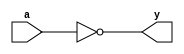
module _inv(a,y);			//INVERTER gate
input a;
output y;
assign y=~a;
endmodule

module _nand2(a,b,y);			//NAND gate
input a,b;
output y;
assign y=~(a&b);
endmodule

module _and2(a,b,y);			//AND gate
input a,b;
output y;
assign y=a&b;
endmodule

module _or2(a,b,y);			//OR gate
input a,b;
output y;
assign y=a|b;
endmodule

module _xor2(a,b,y);			//XOR gate
input a, b;
output y;
wire inv_a, inv_b;
wire w0, w1;
_inv U0_inv(.a(a), .y(inv_a));
_inv U1_inv(.a(b), .y(inv_b));
_and2 U2_and2(.a(inv_a), .b(b), .y(w0));
_and2 U3_and2(.a(a),.b(inv_b), .y(w1));
_or2 U4_or2(.a(w0), .b(w1),.y(y));
endmodule

module _and3(a,b,c,y);		//AND gate
input a,b,c;					//3 Input
output y;
assign y=a&b&c;
endmodule

module _and4(a,b,c,d,y);		//AND gate
input a,b,c,d;						//4 Input
output y;
assign y=a&b&c&d;
endmodule

module _and5(a,b,c,d,e,y);		//AND gate
input a,b,c,d,e;					//5 Input
output y;
assign y=a&b&c&d&e;
endmodule

module _or3(a,b,c,y);			//OR gate
input a,b,c;						//3 Input
output y;
assign y=a|b|c;
endmodule

module _or4(a,b,c,d,y);			//OR gate
input a,b,c,d;						//4 Input
output y;
assign y=a|b|c|d;
endmodule

module _or5(a,b,c,d,e,y);			//OR gate
input a,b,c,d,e;						//5 Input
output y;
assign y=a|b|c|d|e;
endmodule